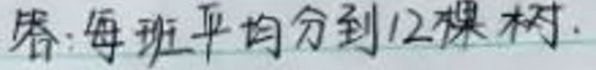
答：每班平均分到12棵树。